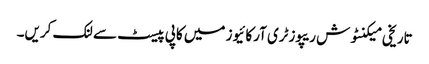
تاریخی میکنٹوش ریپوزٹری آرکائیوز میں کاپی پیسٹ سے لنک کریں۔